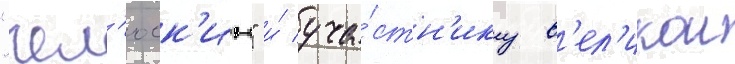
"чел'юск'ин" и́ уча́стн'ику в'ел'икои